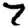
Digit: 7